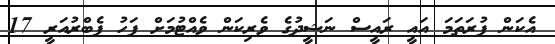
އެކަން ފުރަތަމަ އައީ ރައީސް ނަޝީދުގެ ވެރިކަން ވެއްޓުމަށް ފަހު ފެބްރުއަރީ 17